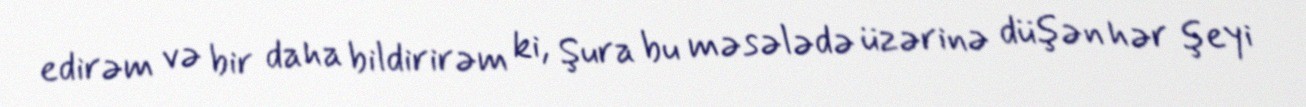
edirəm və bir daha bildirirəm ki, Şura bu məsələdə üzərinə düşən hər şeyi